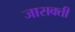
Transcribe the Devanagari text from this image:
जासक्ती